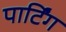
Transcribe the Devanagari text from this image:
पार्टिंग